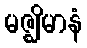
မဇ္ဈိမာနံ